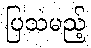
ပြသမည့်